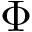
\Phi